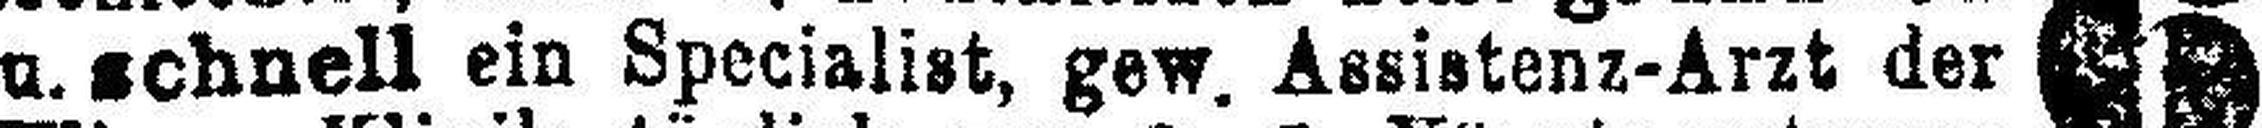
u. schnell ein Specialist, gew. Assistenz-Arzt der